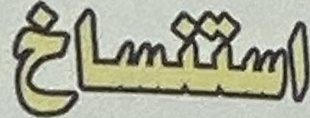
استنساخ